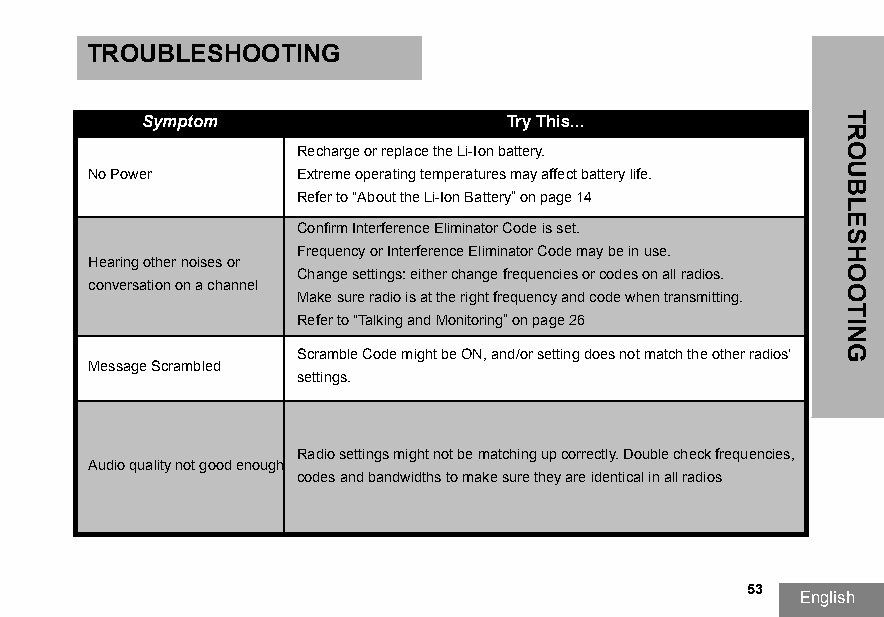
TROUBLESHOOTING
 Symptom                 Try This...
 Recharge or replace the Li-Ion battery.
 No Power      Extreme operating temperatures may affect battery life.
 Refer to “About the Li-Ion Battery” on page14
 Confirm Interference Eliminator Code is set.
 Frequency or Interference Eliminator Code may be in use.
 Hearing other noises or
 Change settings: either change frequencies or codes on all radios.
 conversation on a channel
 Make sure radio is at the right frequency and code when transmitting.
 Refer to “Talking and Monitoring” on page26
 Scramble Code might be ON, and/or setting does not match the other radios'
 Message Scrambled
 settings.
 Radio settings might not be matching up correctly. Double check frequencies,
 Audio quality not good enough
 codes and bandwidths to make sure they are identical in all radios
 53
 English
 TROUBLESHOOTING